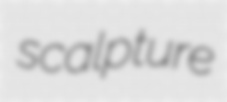
scalpture